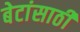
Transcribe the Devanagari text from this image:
बेटांसाठी